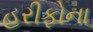
હરીફોના